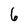
Character: 6